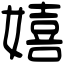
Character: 嬉